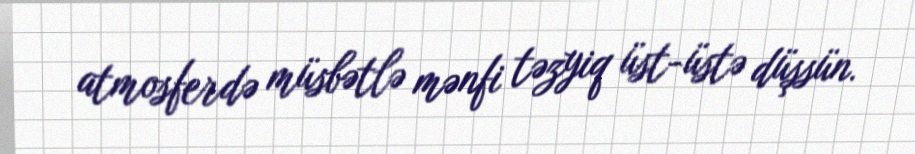
atmosferdə müsbətlə mənfi təzyiq üst-üstə düşsün.